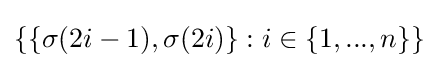
\{\{\sigma (2i-1),\sigma (2i)\}:i\in \{1,...,n\}\}